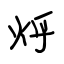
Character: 烀